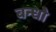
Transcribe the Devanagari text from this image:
बन्धो